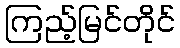
ကြည့်မြင်တိုင်